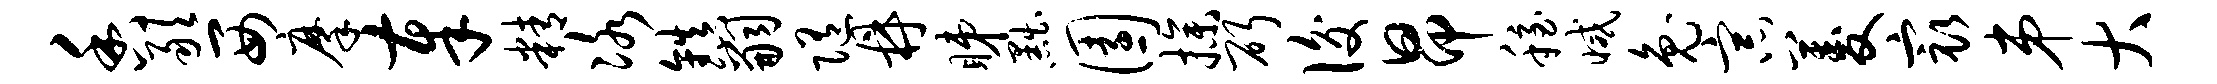
香敢西摩奉精冰镇嗣随鼎睇黜园操斫后昂稳减兔宗菱最弟大